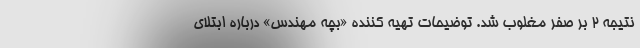
نتیجه ۲ بر صفر مغلوب شد. توضیحات تهیه کننده «بچه مهندس» درباره ابتلای